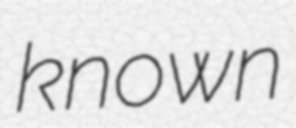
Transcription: known